Report of the Bombay Veterinary College
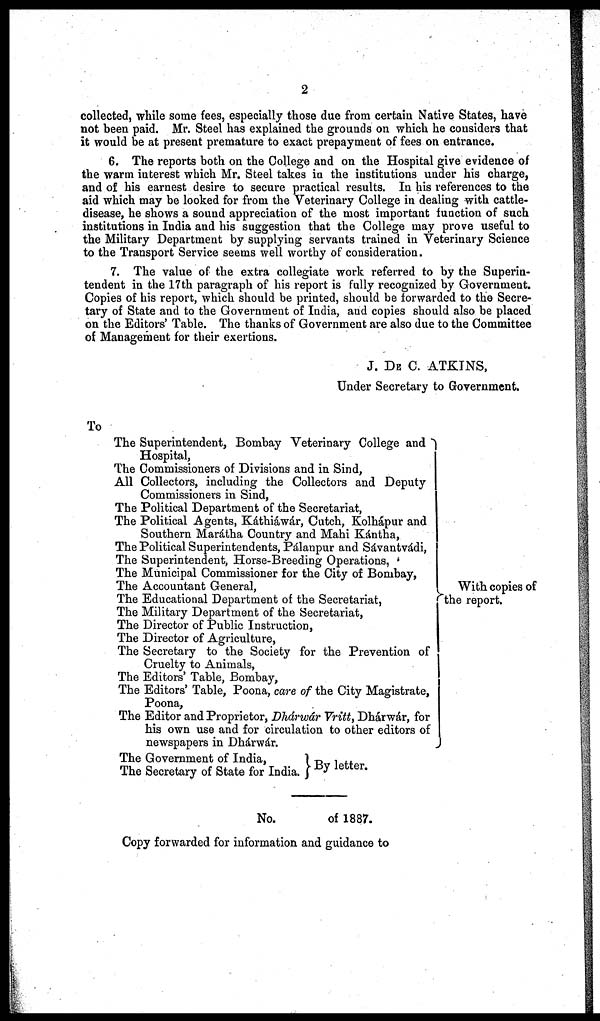
2
collected, while some fees, especially those due from certain Native States, have
not been paid. Mr. Steel has explained the grounds on which he considers that
it would be at present premature to exact prepayment of fees on entrance.
6. The reports both on the College and on the Hospital give evidence of
the warm interest which Mr. Steel takes in the institutions under his charge,
and of his earnest desire to secure practical results. In his references to the
aid which may be looked for from the Veterinary College in dealing with cattle-
disease, he shows a sound appreciation of the most important function of such
institutions in India and his suggestion that the College may prove useful to
the Military Department by supplying servants trained in Veterinary Science
to the Transport Service seems well worthy of consideration.
7. The value of the extra collegiate work referred to by the Superin-
tendent in the 17th paragraph of his report is fully recognized by Government.
Copies of his report, which should be printed, should be forwarded to the Secre-
tary of State and to the Government of India, and copies should also be placed
on the Editors' Table. The thanks of Government are also due to the Committee
of Management for their exertions.
J. DE C. ATKINS,
Under Secretary to Government.
To
The Superintendent, Bombay Veterinary College and
Hospital,
The Commissioners of Divisions and in Sind,
All Collectors, including the Collectors and Deputy
Commissioners in Sind,
The Political Department of the Secretariat,
The Political Agents, Káthiáwár, Cutch, Kolhápur and
Southern Marátha Country and Mahi Kántha,
The Political Superintendents, Pálanpur and Sávantvádi,
The Superintendent, Horse-Breeding Operations,
The Municipal Commissioner for the City of Bombay,
The Accountant General,
The Educational Department of the Secretariat,
The Military Department of the Secretariat,
The Director of Public Instruction,
The Director of Agriculture,
The Secretary to the Society for the Prevention of
Cruelty to Animals,
The Editors' Table, Bombay,
The Editors' Table, Poona, care of the City Magistrate,
Poona,
The Editor and Proprietor, Dhárwár Vritt, Dhárwár, for
his own use and for circulation to other editors of
newspapers in Dhárwár.
With copies of
the report.
The Government of India,
The Secretary of State for India.
By letter.
No. of 1887.
Copy forwarded for information and guidance to